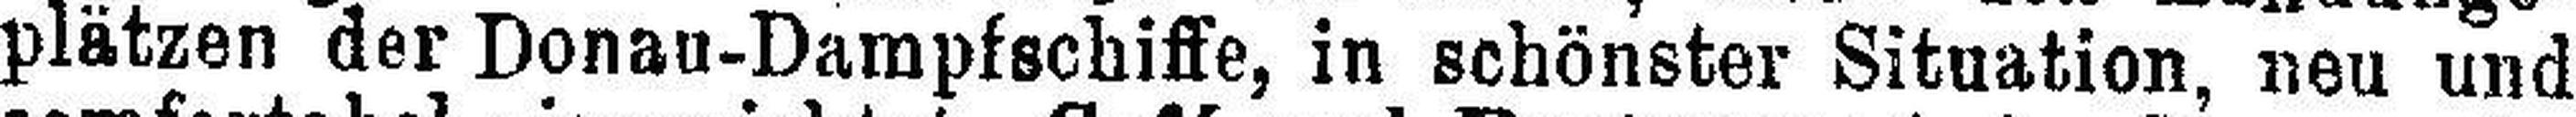
plätzen der Donau-Dampfschiffe, in schönster Situation, neu und